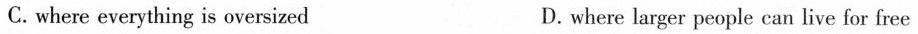
C.where everything is oversized D. where larger people can live for free